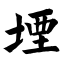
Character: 堙